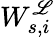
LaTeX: W_{s,i}^{\mathscr{L}}